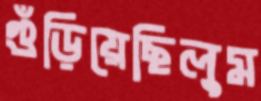
গুঁড়িয়েছিলুম